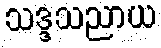
သဒ္ဒသညာယ